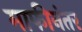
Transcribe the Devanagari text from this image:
माफीनंतर